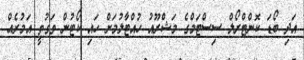
އަދި ބޯޑަ ކޮންޓްރޯލް ސިސްޓަމްގެ މަޝްރޫއު ހުއްޓާލުމަށް ހައި ކޯޓުން ވަގުތީ އަމުރެއް